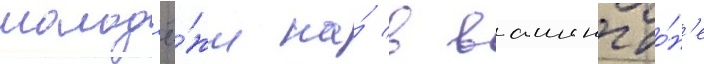
молод'ё́жи на́ в вашингто́н'е